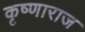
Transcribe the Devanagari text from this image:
कृष्णाराज